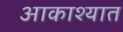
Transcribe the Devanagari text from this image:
आकाश्यात